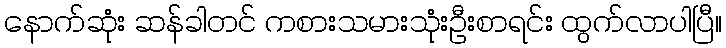
နောက်ဆုံး ဆန်ခါတင် ကစားသမားသုံးဦးစာရင်း ထွက်လာပါပြီ။